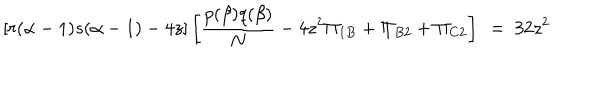
[ r ( \alpha - 1 ) s ( \alpha - 1 ) - 4 z ] \left[ \frac { p ( \beta ) q ( \beta ) } { N } - 4 z ^ { 2 } \Pi _ { 1 B } + \Pi _ { B 2 } + \Pi _ { C 2 } \right] ~ = ~ 3 2 z ^ { 2 }